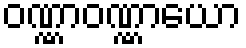
ဝဏ္ဏာဝဏ္ဏာယော